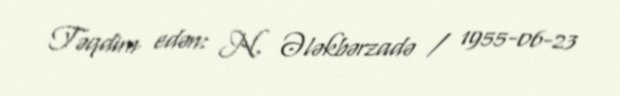
Təqdim edən: N. Ələkbərzadə / 1955-06-23